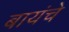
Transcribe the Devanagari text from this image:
बायंचे